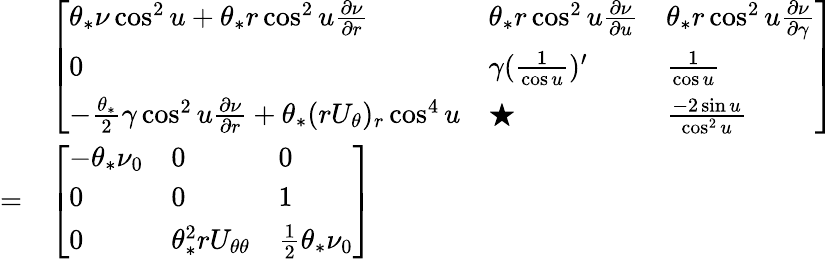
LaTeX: \begin{array}{rl}&{\left[\begin{array}{lll}{\theta_{*}\nu\cos^{2}u+\theta_{*}r\cos^{2}u\frac{\partial\nu}{\partial r}}&{\theta_{*}r\cos^{2}u\frac{\partial\nu}{\partial u}}&{\theta_{*}r\cos^{2}u\frac{\partial\nu}{\partial\gamma}}\\ {0}&{\gamma(\frac{1}{\cos u})^{\prime}}&{\frac{1}{\cos u}}\\ {-\frac{\theta_{*}}{2}\gamma\cos^{2}u\frac{\partial\nu}{\partial r}+\theta_{*}(rU_{\theta})_{r}\cos^{4}u}&{\bigstar}&{\frac{-2\sin u}{\cos^{2}u}}\end{array}\right]}\\ {=}&{\left[\begin{array}{lll}{-\theta_{*}\nu_{0}}&{0}&{0}\\ {0}&{0}&{1}\\ {0}&{\theta_{*}^{2}rU_{\theta\theta}}&{\frac{1}{2}\theta_{*}\nu_{0}}\end{array}\right]}\end{array}